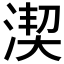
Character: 𣸲